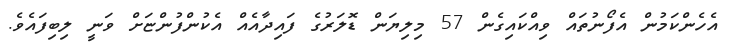
އެހެންކަމުން އެފޯނުތައް ވިއްކައިގެން 57 މިލިޔަން ޑޮލަރުގެ ފައިދާއެއް އެކުންފުންޏަށް ވަނީ ލިބިފައެވެ.